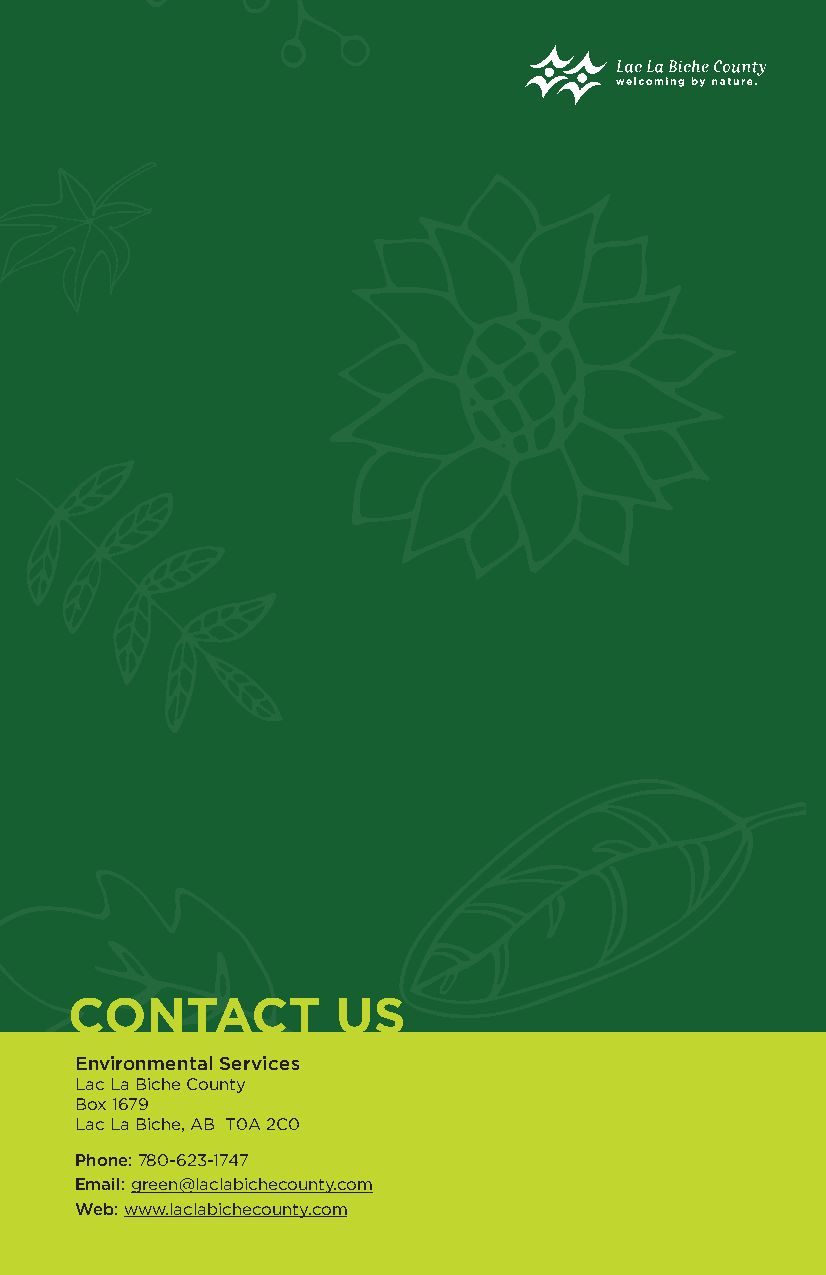
CONTACT           US
 Environmental Services
 Lac La Biche County
 Box 1679
 Lac La Biche, AB T0A 2C0
 Phone: 780-623-1747
 Email: green@laclabichecounty.com
 Web: www.laclabichecounty.com
 012